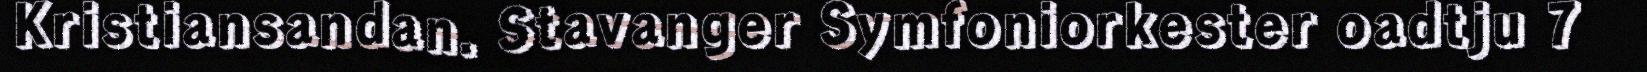
Kristiansandan. Stavanger Symfoniorkester oadtju 7